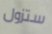
ستزول